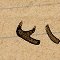
٣١